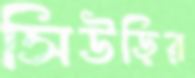
সিউড়ির